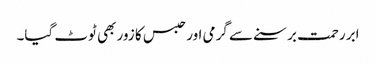
ابر رحمت برسنے سے گرمی اور حبس کا زور بھی ٹوٹ گیا۔